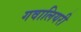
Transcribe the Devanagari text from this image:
गवालियरी